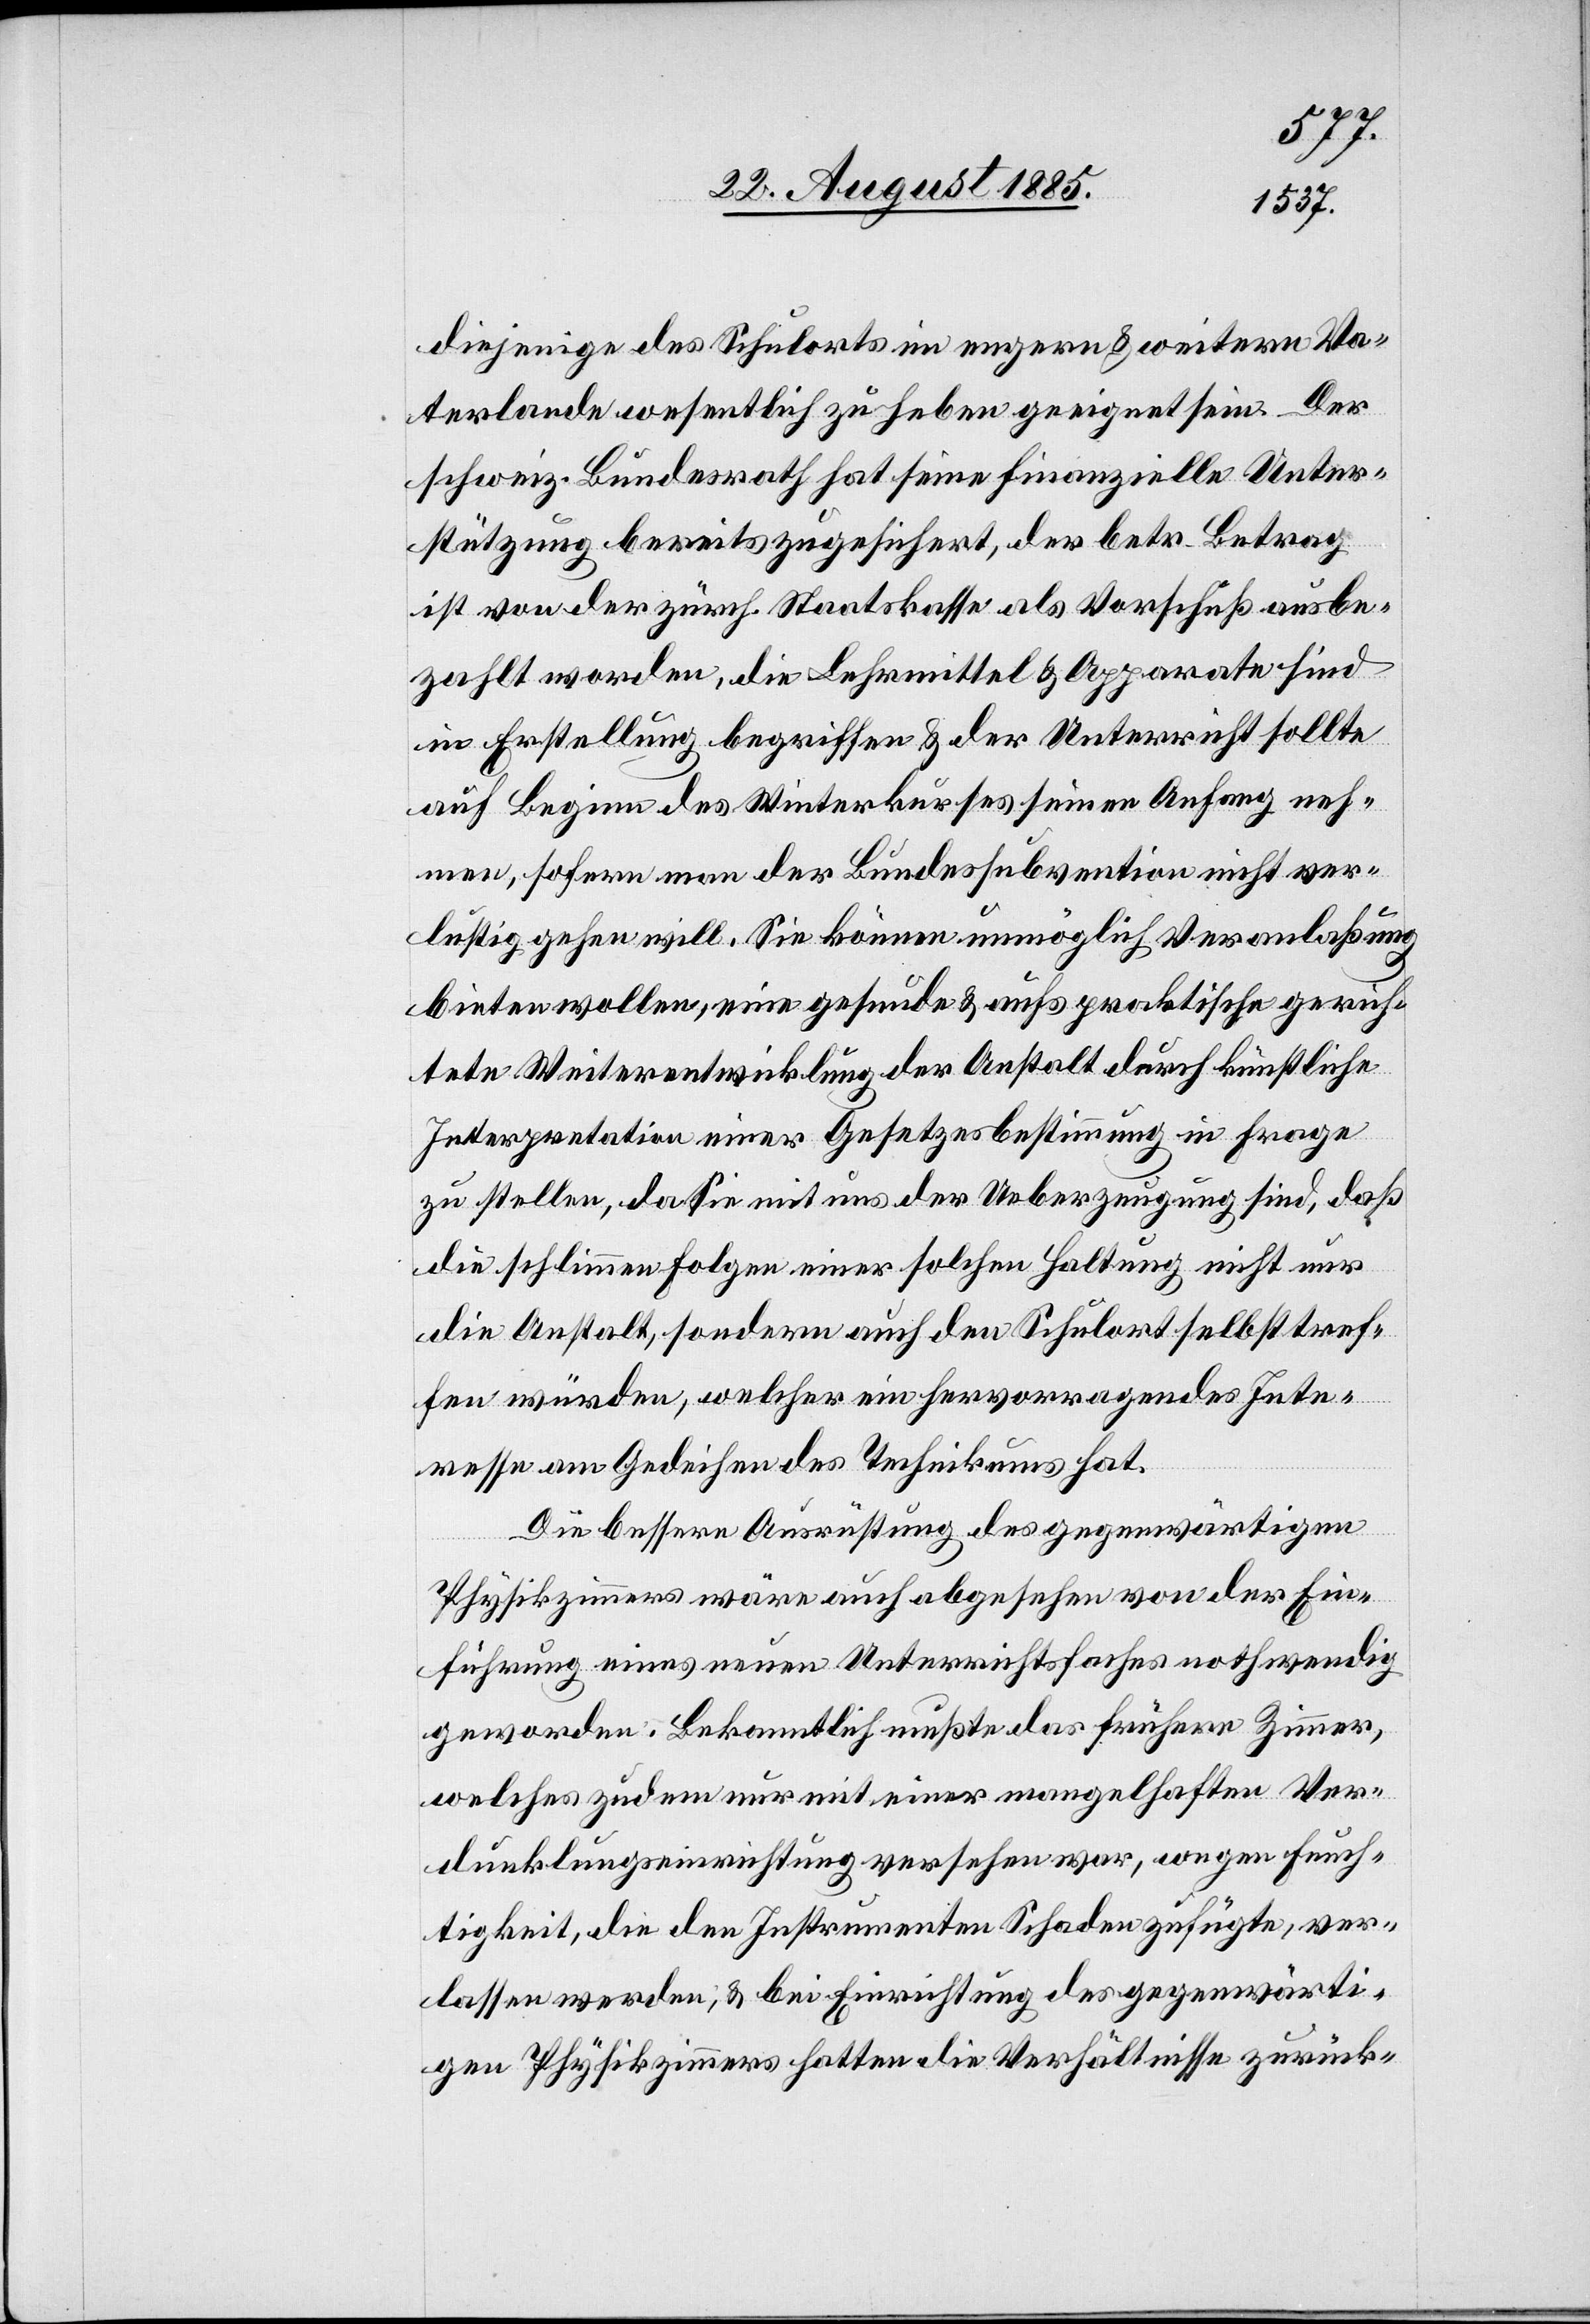
diejenige des Schulorts im engern & weitern Va¬
terlande wesentlich zu heben geeignet sein. Der
schweiz. Bundesrath hat seine finanzielle Unter¬
stützung bereits zugesichert, der betr. Betrag
ist von der zürch. Staatskasse als Vorschuß ausbe¬
zahlt worden, die Lehrmittel & Apparate sind
in Erstellung begriffen & der Unterricht sollte
auf Beginn des Winterkurses seinen Anfang neh¬
men, sofern man der Bundessubvention nicht ver¬
lustig gehen will. Sie können unmöglich Veranlaßung
bieten wollen, eine gesunde & aufs praktische gerich¬
tete Weiterentwicklung der Anstalt durch künstliche
Interpretation einer Gesetzesbestimmung in Frage
zu stellen, da Sie mit uns der Ueberzeugung sind, daß
die schlimmen Folgen einer solchen Haltung nicht nur
die Anstalt, sondern auch den Schulort selbst tref¬
fen würden, welcher ein hervorragendes Inte¬
resse am Gedeihen des Technikums hat.
Die bessere Ausrüstung des gegenwärtigen
Physikzimmers wäre auch abgesehen von der Ein¬
führung eines neuen Unterrichtsfaches nothwendig
geworden. Bekanntlich mußte das frühere Zimmer
welches zudem nur mit einer mangelhaften Ver¬
dunkelungseinrichtung versehen war, wegen Feuch¬
tigkeit, die den Instrumenten Schaden zufügte, ver¬
lassen werden, & bei Einrichtung des gegenwärti¬
gen Physikzimmers hatten die Verhältnisse zurück-